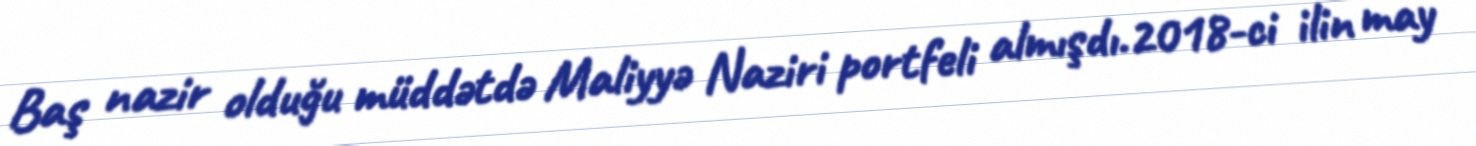
Baş nazir olduğu müddətdə Maliyyə Naziri portfeli almışdı.2018-ci ilin may